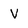
Character: V